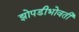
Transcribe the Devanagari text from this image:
झोपडीभोवती